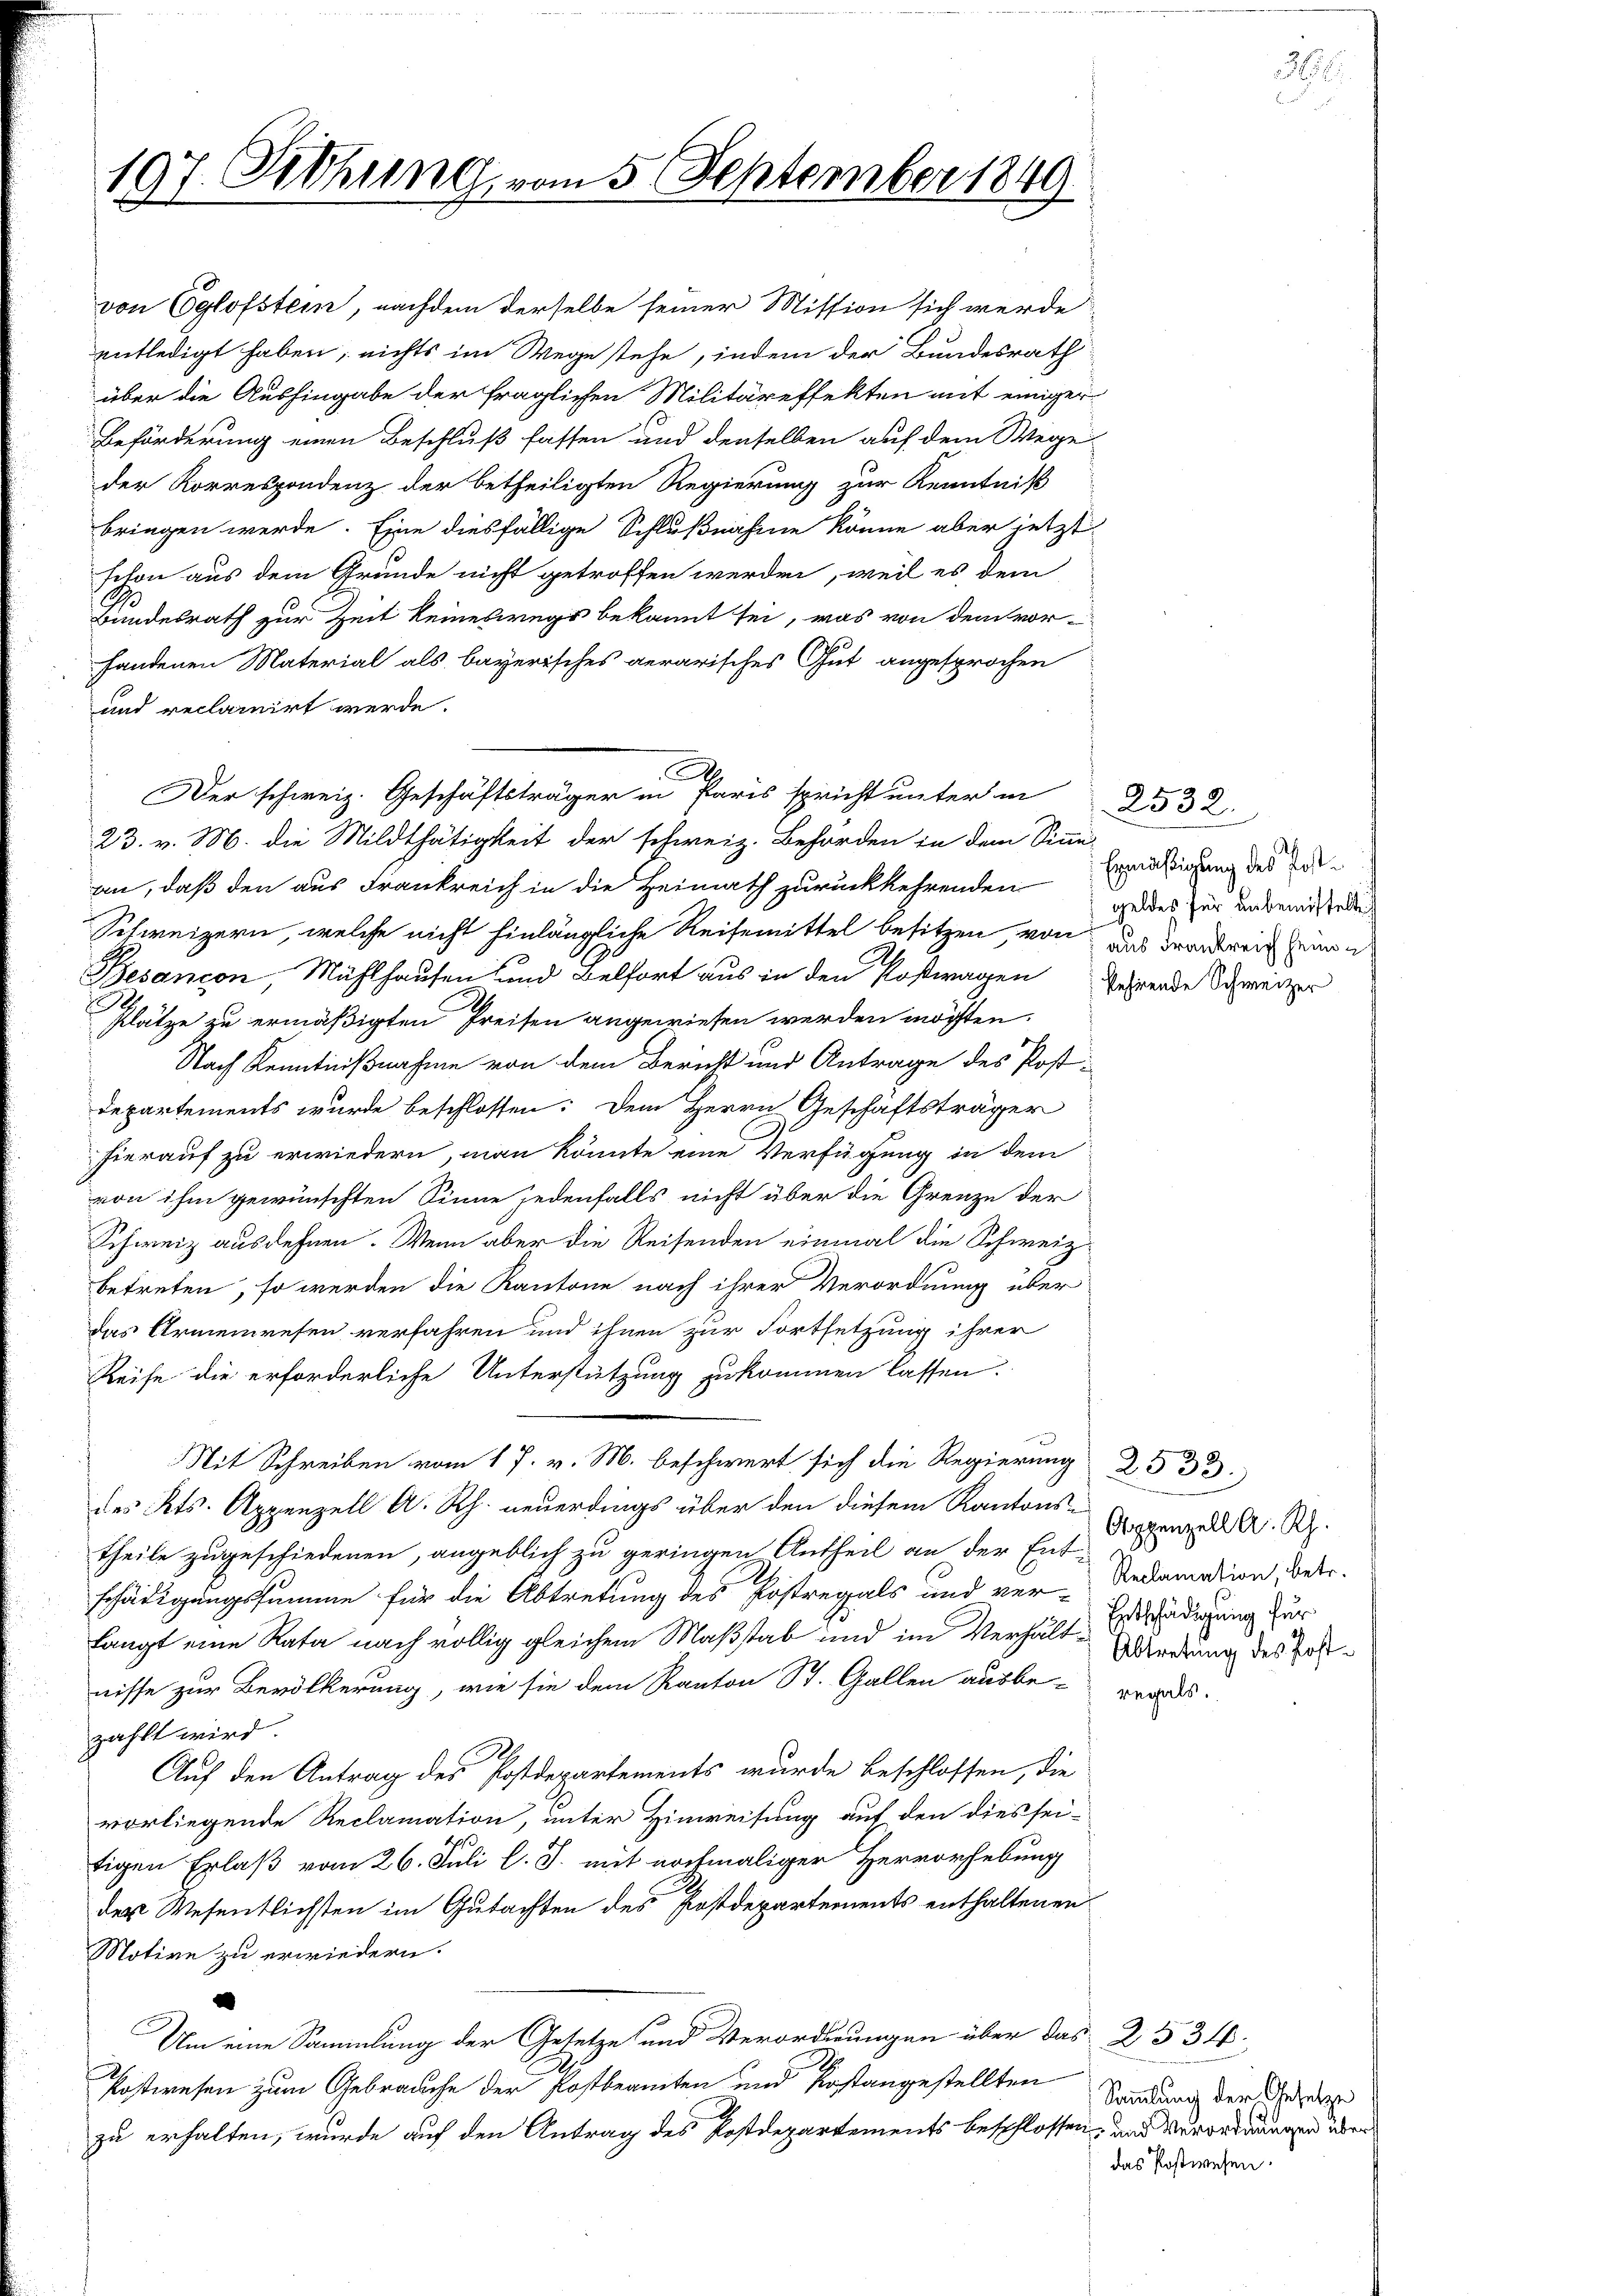
197. Pohung, vom 5. September 1849

Bundesrath zur Zeit keineswegs bekannt sei, was von dem vor-
handenen Material als bayerisches aerarisches Gut angesprochen
und reclamirt werde.
Der schweiz. Geschäftsträger in Paris spricht unter in
23. v. M. die Mildthätigkeit der schweiz. Behörden in dem Sinne-
an, daß den aus Frankreich in die Heimath zurückkehrenden Ernädigung des Be¬
Schweizern, welche nicht hinlängliche Reisemittel besitzen von das Branderin ein
Besançon, Mühlhausen und Belfort aus in den Postwagen Jahrende Schweizer
Plätze zu ermäßigten Preisen angewiesen werden möchten.
Nach Kenntnißnahme von dem Bericht und Antrage des Post-
Departements wurde beschlossen: Dem Herrn Geschäftsträger
hierauf zu erwiedern, man könnte eine Verfügung in dem
von ihm gewünschten Sinne jedenfalls nicht über die Grenze der
Schweiz ausdehnen. Wenn aber die Reisenden einmal die Schweiz.
betreten, so werden die Kantone nach ihrer Verordnung über
das Armenwesen verfahren und ihnen zur Fortsetzung ihrer
Reise die erforderliche Unterstützung zukommen lassen.

Mit Schreiben vom 17. v. M. beschwert sich die Regierung 25 33
des Kts. Appenzell A. Rh. neuerdings über den diesem Kantons-
theile zugeschiedenen, angeblich zu geringen Antheil an der Entschädigungssumme für die Abtretung des Postregals und ver-Reclamation, betr.
langt eine Rata nach völlig gleichem Maßstab und im Verhält Erdschädigung zur
nisse zur Bevölkerung, wie sie dem Kanton St. Gallen ausbe-
zählt wird.
Auf den Antrag des Postdepartements wurde beschlossen, die
vorliegende Reclamation, unter Hinweisung auf den dies sei-
tigen Erlaß vom 26. Juli l. J. mit nochmaliger Hervorhebung
des Wesentlichsten im Gutachten des Postdepartements enthaltenen
Motive zu erwiedern.
Um eine Sammlung der Gesetze und Verordnungen über das 2534.
Postwesen zum Gebrauche der Postbeamten und Kostangestellten
zu erhalten, wurde auf den Antrag des Postdepartements beschlossen, und Verordnungen über

von Eglofstein, nachdem derselbe seiner Mission sich werde
entledigt haben; nichts im Wege stehe, indem der Bundesrath
über die Aushingabe der fraglichen Militäreffekten mit einiger
Beförderung einen Beschluß fassen und denselben auf dem Wege
der Korrespondenz der betheiligten Regierung zur Kenntniß
bringen werde. Eine diesfällige Schlußnahme könne aber jetzt
schon aus dem Grunde nicht getroffen werden, weil es dem

2532.
geldes für unbemittelt

Appenzell A. Rh.
Abtretung des Post¬

regals.

Sammlung der Gesetze
das Postwesen.